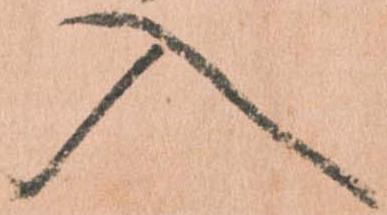
入